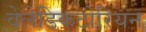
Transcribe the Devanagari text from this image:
वेलेडिकटोरियन